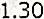
1.30